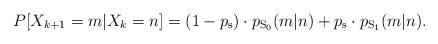
LaTeX: \begin{align*}P[ X_{k+1} = m | X_{k} = n ] = (1-p_\mathrm{s}) \cdot p_{\mathrm{S}_0}(m|n) + p_\mathrm{s} \cdot p_{\mathrm{S}_1}(m|n).\end{align*}